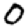
Digit: 0